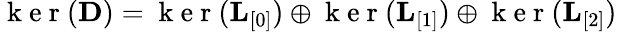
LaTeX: \begin{array}{r}{\mathrm{~k~e~r~}({\mathbf D})=\mathrm{~k~e~r~}({\mathbf L}_{[0]})\oplus\mathrm{~k~e~r~}({\mathbf L}_{[1]})\oplus\mathrm{~k~e~r~}({\mathbf L}_{[2]})}\end{array}